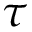
\tau